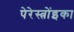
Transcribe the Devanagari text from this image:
पेरेस्त्रोंइका